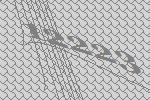
12223